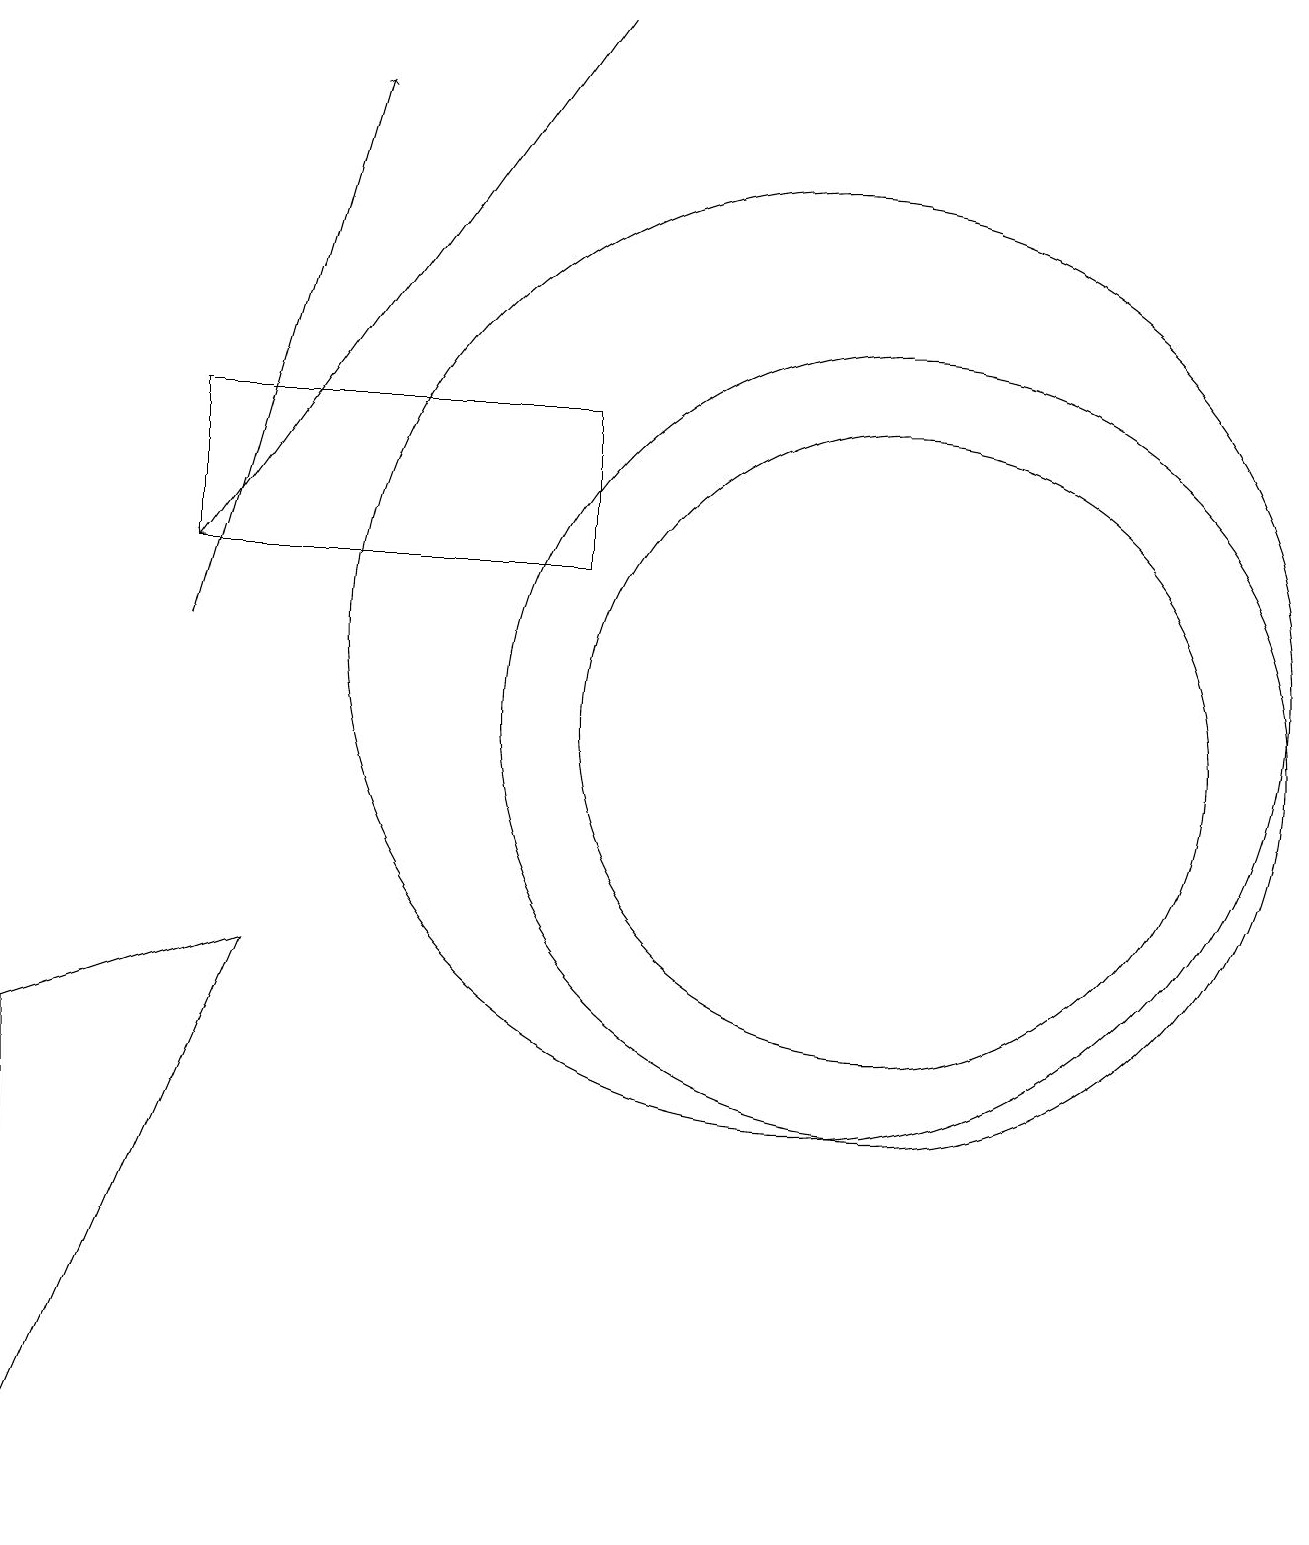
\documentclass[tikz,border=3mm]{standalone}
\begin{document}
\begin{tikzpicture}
\draw (11,10) circle (5);
\draw (0,0) -- (0,6) -- (3,7) -- cycle;
\draw (10,11) circle (6);
\draw[->] (7,19) -- (2,12);
\draw[->] (2,11) -- (4,18);
\draw (10,11) circle (0);
\draw (11,10) circle (4);
\draw (7,12) rectangle (2,14);
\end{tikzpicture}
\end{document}